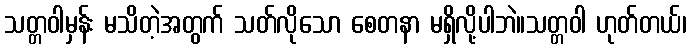
သတ္တဝါမှန်း မသိတဲ့အတွက် သတ်လိုသော စေတနာ မရှိလို့ပါဘဲ။သတ္တဝါ ဟုတ်တယ်၊